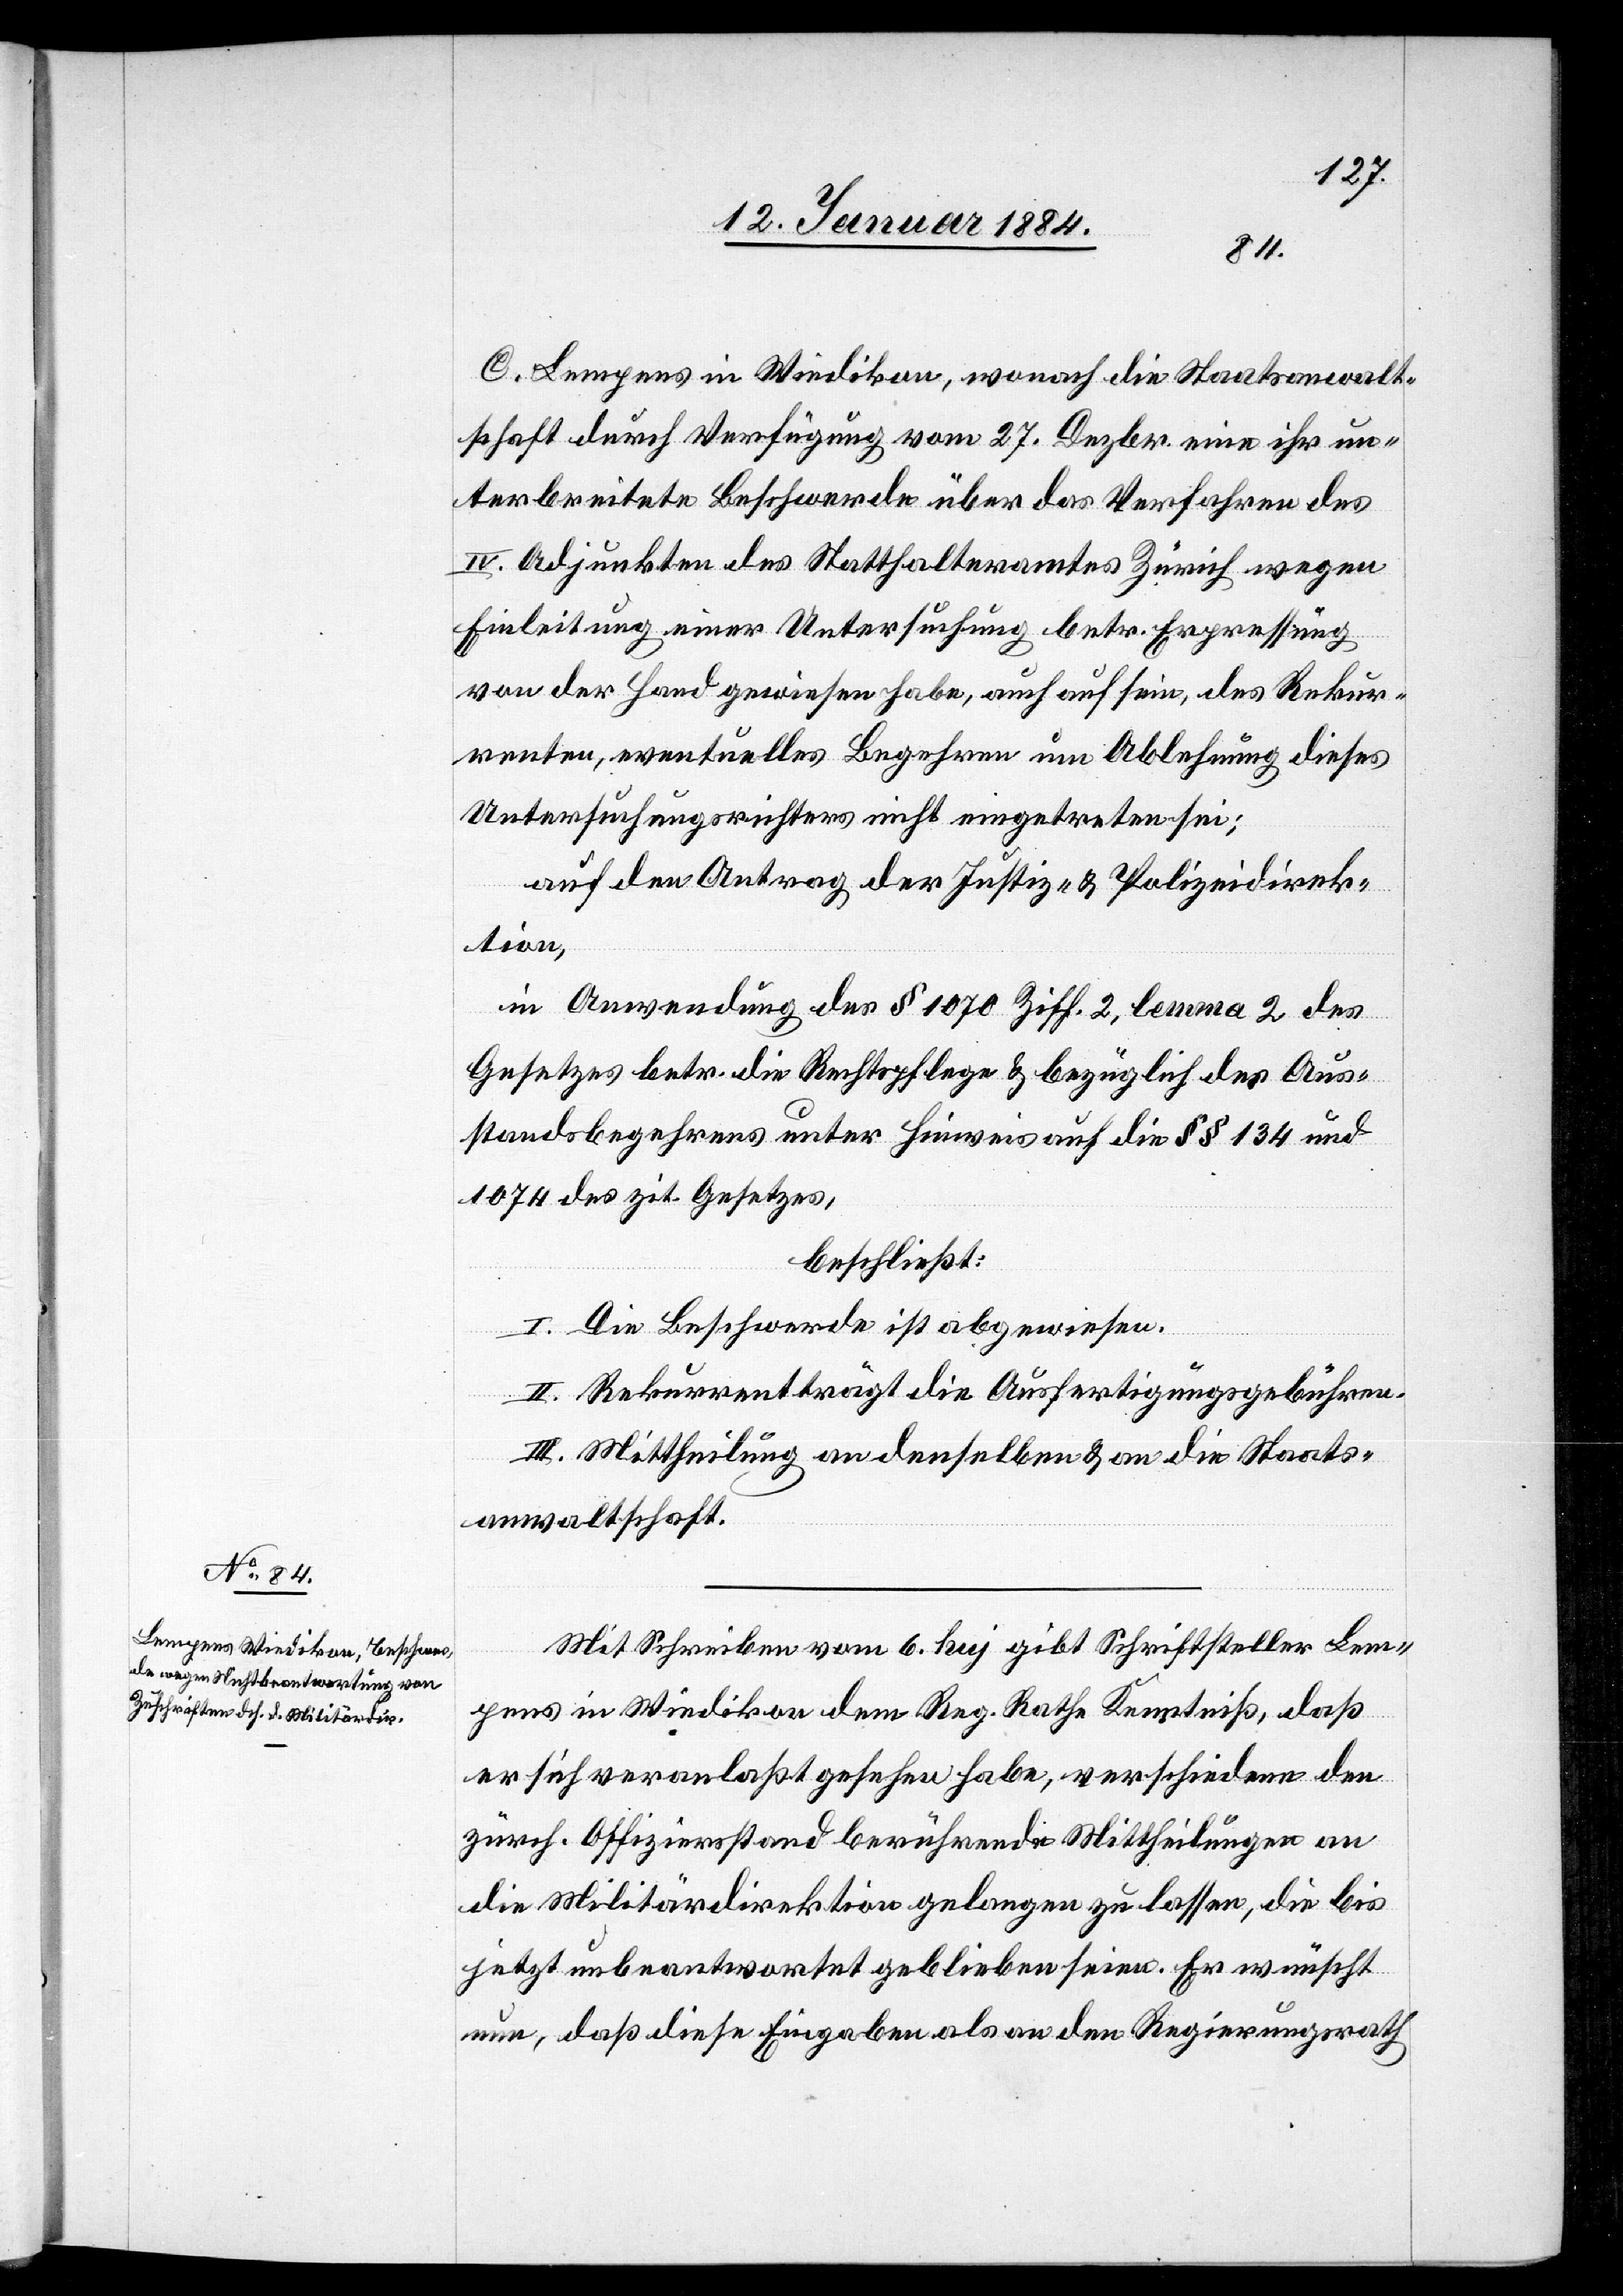
C. Lempens in Wiedikon, wonach die Staatsanwalt¬
schaft durch Verfügung vom 27. Dezbr. eine ihr un¬
terbreitete Beschwerde über das Verfahren des
IV. Adjunkten des Statthalteramtes Zürich wegen
Einleitung einer Untersuchung betr. Erpressung
von der Hand gewiesen habe, auch auf sein, des Rekur¬
renten, eventuelles Begehren um Ablehnung dieses
Untersuchungsrichters nicht eingetreten sei;
auf den Antrag der Justiz- & Polizeidirek¬
tion,
in Anwendung des § 1070 Ziff. 2, lemma 2 des
Gesetzes betr. die Rechtspflege & bezüglich das Aus¬
standesbegehren unter Hinweis auf die §§ 134 und
1974 des zit. Gesetzes,
beschließt:
I. Die Beschwerde ist abgewiesen.
II. Rekurrent trägt die Ausfertigungsgebühren.
III. Mittheilung an denselben & an die Staats¬
anwaltschaft.
Mit Schreiben vom 6. huj. gibt Schriftsteller Lem¬
pens in Wiedikon dem Reg. Rathe Kenntniß, daß
er sich veranlaßt gesehen habe, verschiedene den
zürch. Offiziersstand berührende Mittheilungen an
die Militärdirektion gelangen zu lassen, die bis
jetzt unbeantwortet geblieben seien. Er wünscht
nun, daß diese Eingaben als an den Regierungsrath